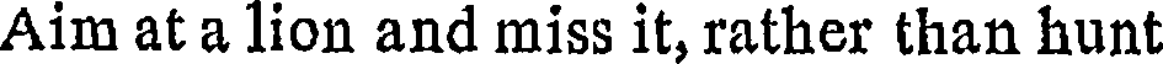
Aim at a lion and miss it, rather than hunt